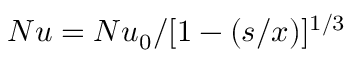
N u = { N u _ { 0 } } / { [ 1 - ( s / x ) ] ^ { 1 / 3 } }